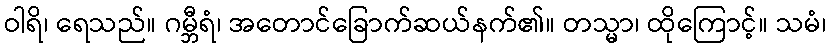
ဝါရိ၊ ရေသည်။ ဂမ္ဘီရံ၊ အတောင်ခြောက်ဆယ်နက်၏။ တသ္မာ၊ ထိုကြောင့်။ သမံ၊